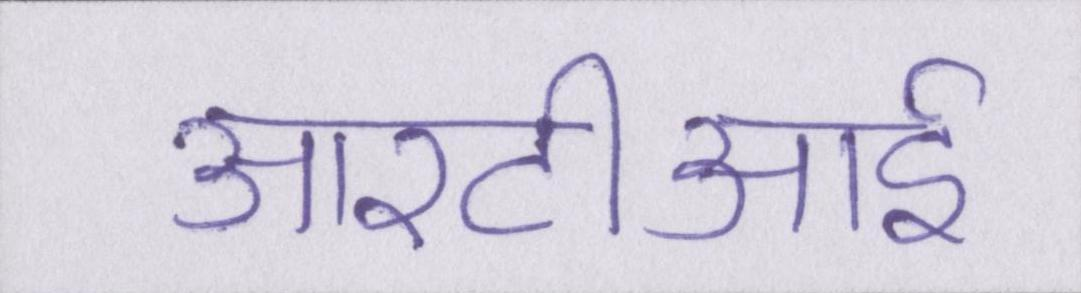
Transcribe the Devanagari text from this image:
आरटीआई